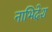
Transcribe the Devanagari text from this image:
नाभिदेश